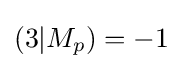
(3|M_{p})=-1